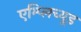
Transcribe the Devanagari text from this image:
एम्प्लिच्यूड